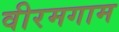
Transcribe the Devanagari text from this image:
वीरमगाम